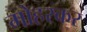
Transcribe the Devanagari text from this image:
मोहरकर